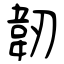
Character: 韌